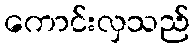
ကောင်းလှသည်